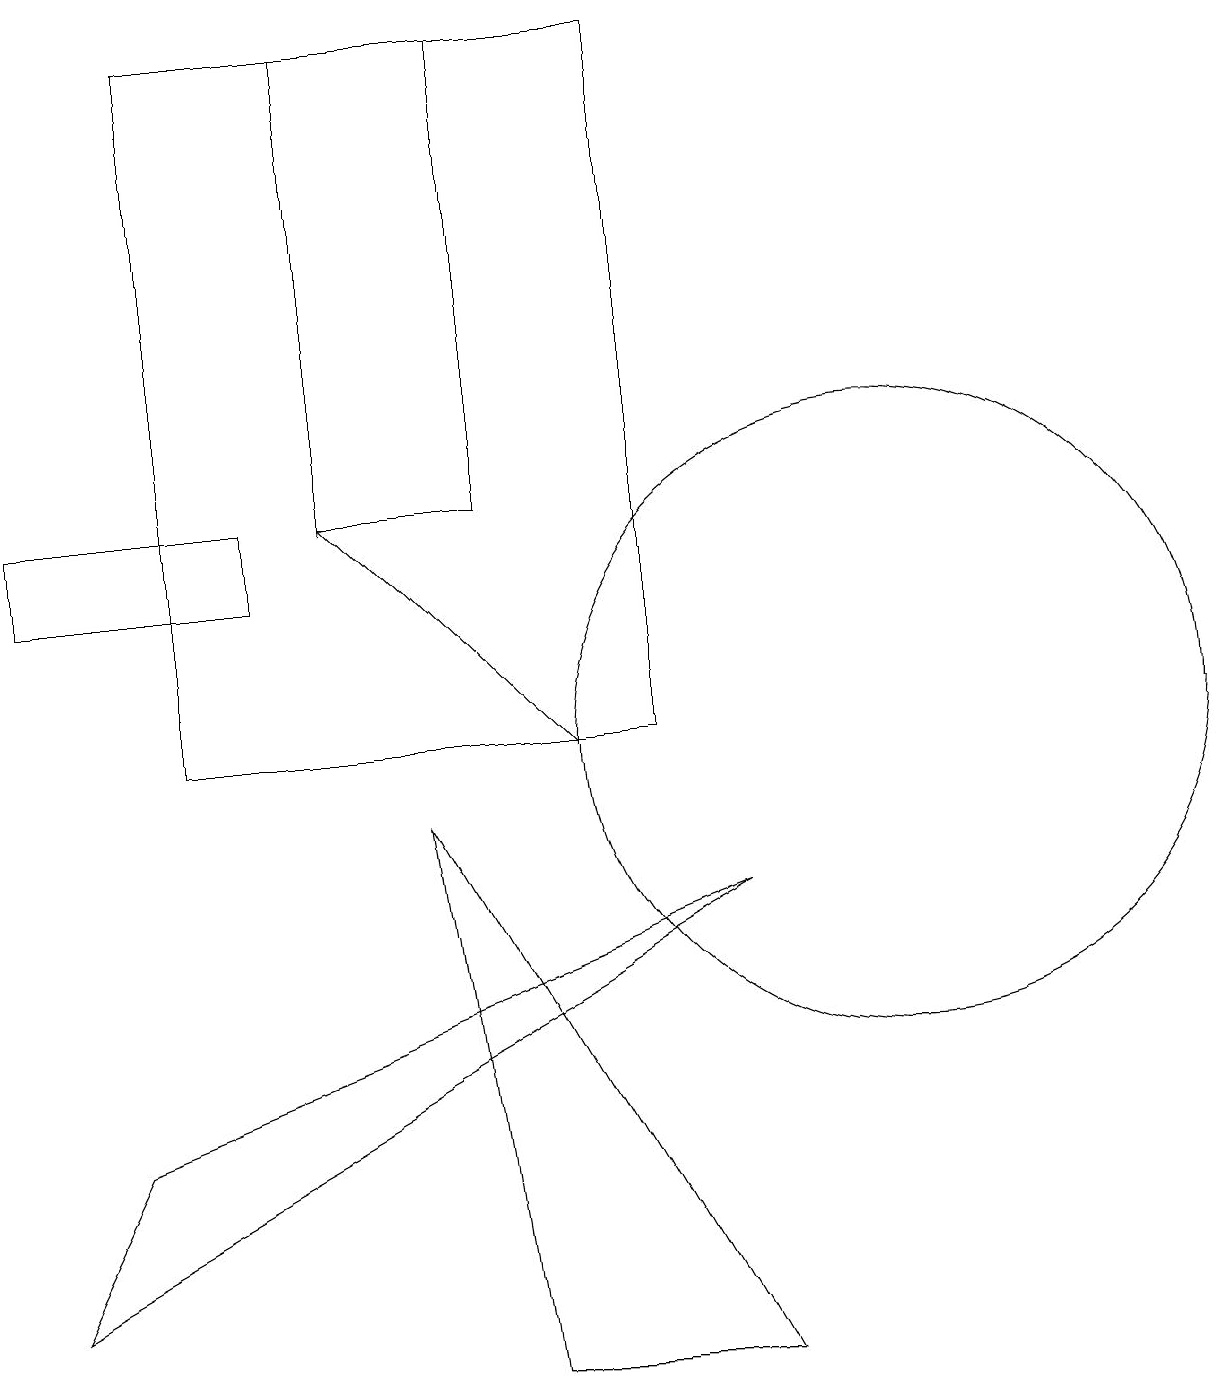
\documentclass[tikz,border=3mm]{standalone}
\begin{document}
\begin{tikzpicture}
\draw (6,13) rectangle (4,19);
\draw (3,12) rectangle (0,13);
\draw (11,10) circle (4);
\draw (9,8) -- (0,3) -- (1,5) -- cycle;
\draw (9,2) -- (5,9) -- (6,2) -- cycle;
\draw (2,10) rectangle (8,19);
\draw[->] (7,10) -- (4,13);
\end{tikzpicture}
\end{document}